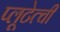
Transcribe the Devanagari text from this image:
प्लूटेत्ची